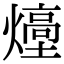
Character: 㸀